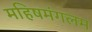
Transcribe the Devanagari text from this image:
महिषमंगलम